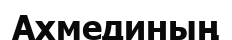
Ахмединың